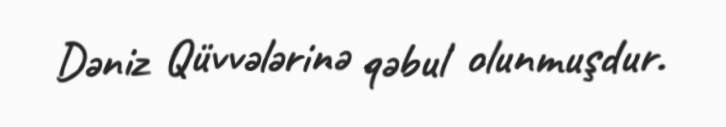
Dəniz Qüvvələrinə qəbul olunmuşdur.